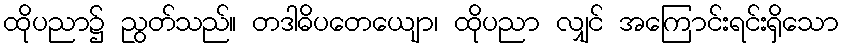
ထိုပညာ၌ ညွတ်သည်။ တဒါဓိပတေယျော၊ ထိုပညာ လျှင် အကြောင်းရင်းရှိသော